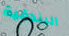
البندقية